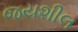
જયશીલ